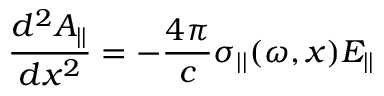
\frac { d ^ { 2 } A _ { | | } } { d x ^ { 2 } } = - \frac { 4 \pi } { c } \sigma _ { | | } ( \omega , x ) E _ { | | }